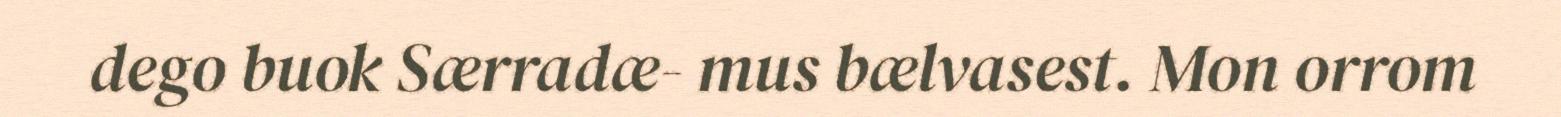
dego buok Særradæ- mus bælvasest. Mon orrom